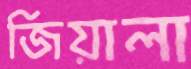
জিয়ালা